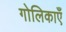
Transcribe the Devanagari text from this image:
गोलिकाएँ